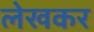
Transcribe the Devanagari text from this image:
लेखकर